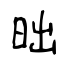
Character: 昢